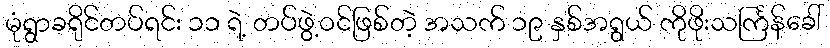
မုံရွာခရိုင်တပ်ရင်း ၁၁ ရဲ့ တပ်ဖွဲ့ဝင်ဖြစ်တဲ့ အသက် ၁၉ နှစ်အရွယ် ကိုဖိုးသင်္ကြန်ခေါ်